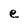
Character: e